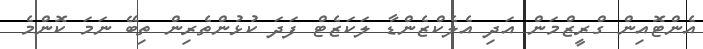
އެންޓޮއިން ގްރީޒްމަން އަދި އެލެކްޒެންޑާ ލަކަޒެޓް ފަދަ ކުޅުންތެރިން ތިބޭ ނަމަ ކޮންމެ